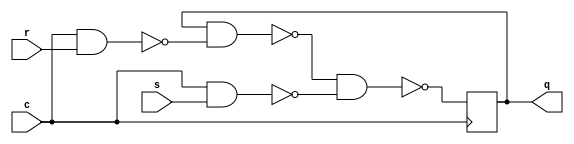
//   RS-

module dyn_rs_latch(
    input r, s,
    input c,
    output reg q);
    
initial q = 0;

always@(posedge c)
    q = ~(~(q & ~(c & r)) & ~(c & s));

endmodule